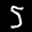
Label: 5